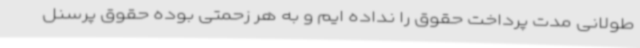
طولانی مدت پرداخت حقوق را نداده ایم و به هر زحمتی بوده حقوق پرسنل